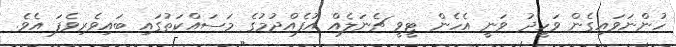
ހުންނަވައިގެން ވަހީދު ވަނީ އެހެން ޓީވީ ޗެނަލެއް އުފެއްދުމުގެ މަސައްކަތުގައި ބައިވެރިވެފަ އެވެ.